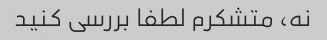
نه، متشکرم لطفا بررسی کنید